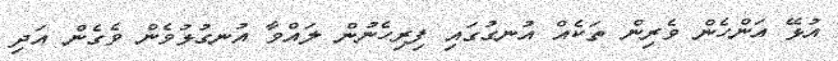
އުޅޭ އަންހެން ވެރިން ތަކެއް އުނގުގައި ފިރިހެނުން ލައްވާ އުނގުޅުވެން ވެގެން އަދި